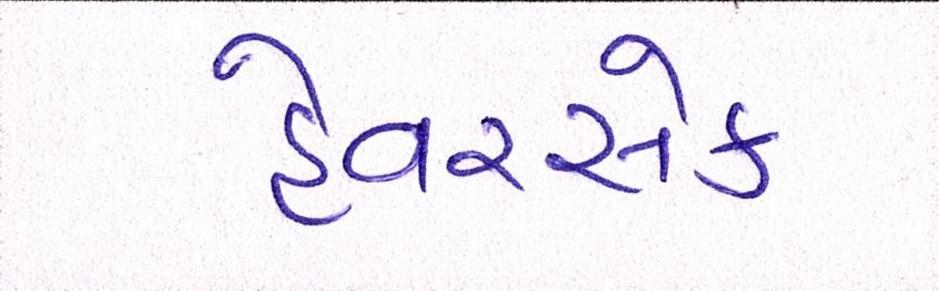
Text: હેવરસેક